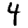
Digit: 4